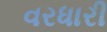
વરધારી